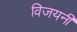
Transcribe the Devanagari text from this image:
विजयनी